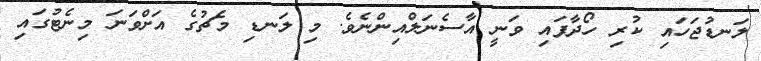
ލަނޑުޖަހައި ކުރި ހޯދާފައި ވަނީ އާސެނަލްއިންނެވެ. މި ލަނޑި މެޗުގެ އަށްވަނަ މިނެޓުގައި